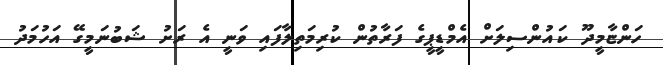
ހަންޏާމީދޫ ކައުންސިލަށް އެމްޑީޕީގެ ފަރާތުން ކުރިމަތިލާފައި ވަނީ އެ ރަށު ޝަބުނަމީގޭ އަހުމަދު